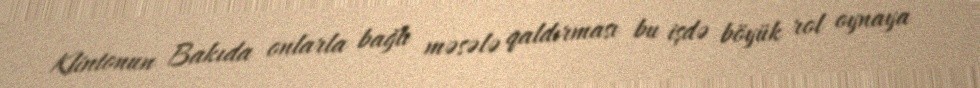
Klintonun Bakıda onlarla bağlı məsələ qaldırması bu işdə böyük rol oynaya